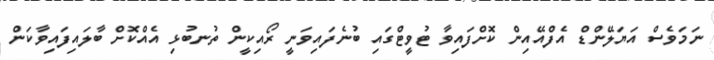
ނަމަވެސް އަޔަލޭންޑް އެފްއޭއިން ކޮށްފައިވާ ޓުވީޓްގައި ބުނެފައިވަނީ ރޯއިކީން ތުނބުޅި އެއްކޮށް ބާލައިފައިވާކަން